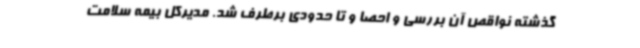
گذشته نواقص آن بررسی و احصا و تا حدودی برطرف شد. مدیرکل بیمه سلامت